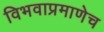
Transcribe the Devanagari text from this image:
विभवाप्रमाणेच